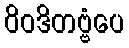
ဝိဝဒိတဗ္ဗံပေ